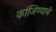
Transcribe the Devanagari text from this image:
कांजिण्याने